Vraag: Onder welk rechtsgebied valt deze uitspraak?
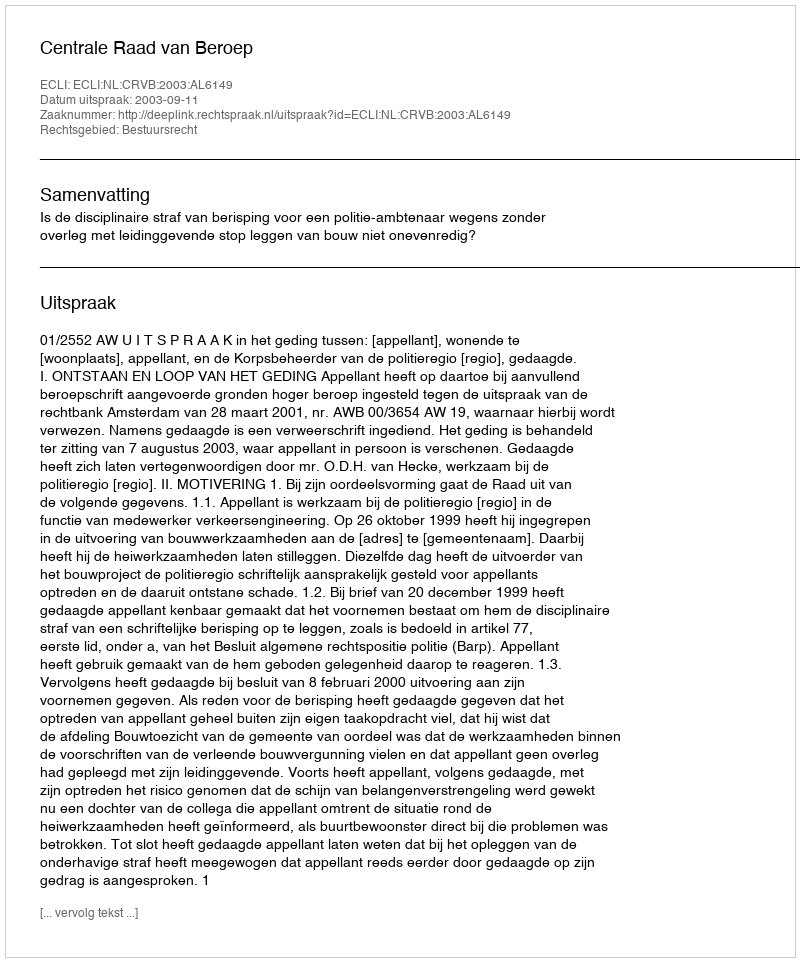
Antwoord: Bestuursrecht